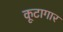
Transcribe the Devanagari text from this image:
कूटागार